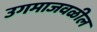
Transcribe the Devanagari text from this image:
उगमाजवळील